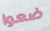
ضعوا